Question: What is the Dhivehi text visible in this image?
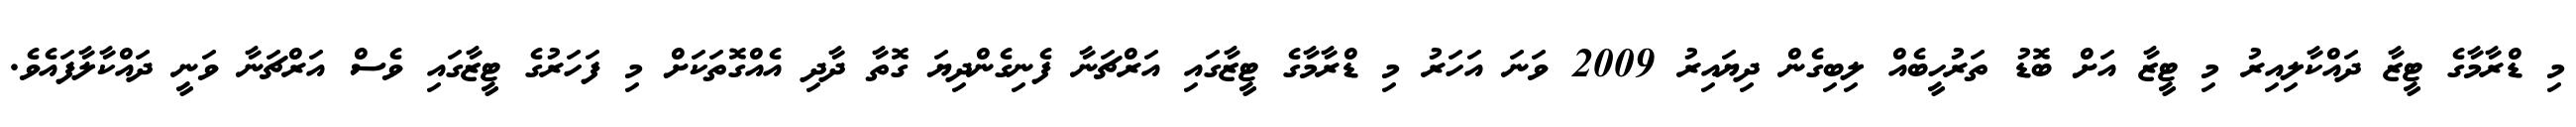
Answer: މި ޑްރާމާގެ ޓީޒާ ދައްކާލިއިރު މި ޓީޒާ އަށް ބޮޑު ތަރުހީބެއް ލިބިގެން ދިޔައިރު 2009 ވަނަ އަހަރު މި ޑްރާމާގެ ޓީޒާގައި އަރްޗަނާ ފެނިގެންދިޔަ ގޮތާ ދާދި އެއްގޮތަކަށް މި ފަހަރުގެ ޓީޒާގައި ވެސް އަރްޗަނާ ވަނީ ދައްކާލާފައެވެ.